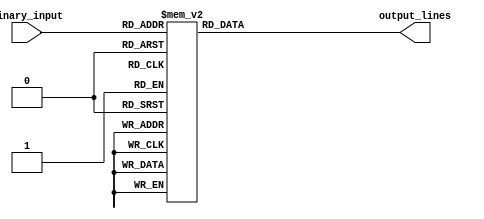
module octal_decoder(
    input wire [2:0] binary_input,
    output reg [7:0] output_lines
);

always @(*)
begin
    case(binary_input)
        3'b000: output_lines = 8'b00000001;
        3'b001: output_lines = 8'b00000010;
        3'b010: output_lines = 8'b00000100;
        3'b011: output_lines = 8'b00001000;
        3'b100: output_lines = 8'b00010000;
        3'b101: output_lines = 8'b00100000;
        3'b110: output_lines = 8'b01000000;
        3'b111: output_lines = 8'b10000000;
        default: output_lines = 8'b00000000;
    endcase
end

endmodule